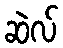
ဆဲလ်